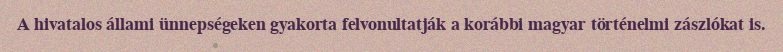
A hivatalos állami ünnepségeken gyakorta felvonultatják a korábbi magyar történelmi zászlókat is.